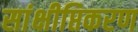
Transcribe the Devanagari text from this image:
सांक्षीप्तिकरण